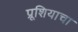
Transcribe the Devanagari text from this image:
प्रूशियाचा